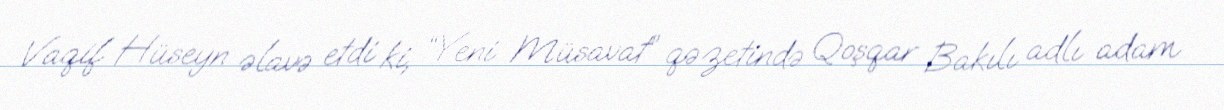
Vaqif Hüseyn əlavə etdi ki, “Yeni Müsavat” qəzetində Qoşqar Bakılı adlı adam